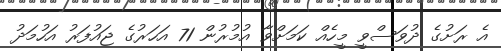
އެ ރަށުގެ ދުވަސްވީ މީހެއް ކަމަށްވާ އުމުރުން 71 އަހަރުގެ ޖައުފަރު އަހުމަދު